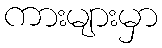
ကားများမှာ